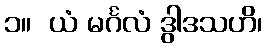
၁။  ယံ မင်္ဂလံ ဒွါဒသဟိ၊